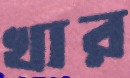
খার